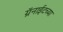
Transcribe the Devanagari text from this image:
ग्रॅनाईटच्या